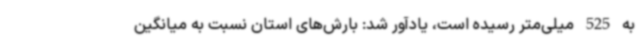
به 525 میلی‌متر رسیده است، یادآور شد: بارش‌های استان نسبت به میانگین